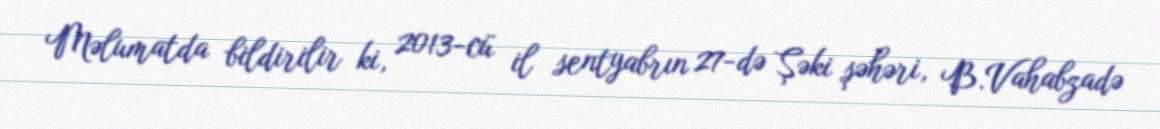
Məlumatda bildirilir ki, 2013-cü il sentyabrın 27-də Şəki şəhəri, B.Vahabzadə